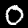
Digit: 0